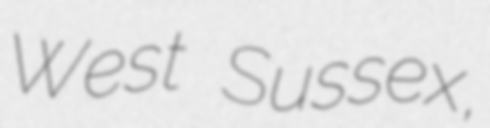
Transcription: West Sussex,